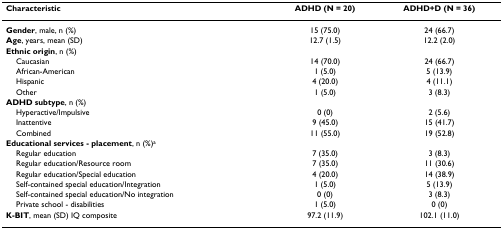
<table><thead><tr><td><b>Characteristic</b></td><td><b>ADHD (N = 20)</b></td><td><b>ADHD+D (N = 36)</b></td></tr></thead><tbody><tr><td><b>Gender</b>, male, n (%)</td><td>15 (75.0)</td><td>24 (66.7)</td></tr><tr><td><b>Age</b>, years, mean (SD)</td><td>12.7 (1.5)</td><td>12.2 (2.0)</td></tr><tr><td><b>Ethnic origin</b>, n (%)</td><td>[EMPTY_CELL]</td><td>[EMPTY_CELL]</td></tr><tr><td> Caucasian</td><td>14 (70.0)</td><td>24 (66.7)</td></tr><tr><td> African-American</td><td>1 (5.0)</td><td>5 (13.9)</td></tr><tr><td> Hispanic</td><td>4 (20.0)</td><td>4 (11.1)</td></tr><tr><td> Other</td><td>1 (5.0)</td><td>3 (8.3)</td></tr><tr><td><b>ADHD subtype</b>, n (%)</td><td>[EMPTY_CELL]</td><td>[EMPTY_CELL]</td></tr><tr><td> Hyperactive/Impulsive</td><td>0 (0)</td><td>2 (5.6)</td></tr><tr><td> Inattentive</td><td>9 (45.0)</td><td>15 (41.7)</td></tr><tr><td> Combined</td><td>11 (55.0)</td><td>19 (52.8)</td></tr><tr><td><b>Educational services - placement</b>, n (%)<sup>a</sup></td><td>[EMPTY_CELL]</td><td>[EMPTY_CELL]</td></tr><tr><td> Regular education</td><td>7 (35.0)</td><td>3 (8.3)</td></tr><tr><td> Regular education/Resource room</td><td>7 (35.0)</td><td>11 (30.6)</td></tr><tr><td> Regular education/Special education</td><td>4 (20.0)</td><td>14 (38.9)</td></tr><tr><td> Self-contained special education/Integration</td><td>1 (5.0)</td><td>5 (13.9)</td></tr><tr><td> Self-contained special education/No integration</td><td>0 (0)</td><td>3 (8.3)</td></tr><tr><td> Private school - disabilities</td><td>1 (5.0)</td><td>0 (0)</td></tr><tr><td><b>K-BIT</b>, mean (SD) IQ composite</td><td>97.2 (11.9)</td><td>102.1 (11.0)</td></tr></tbody></table>